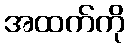
အထက်ကို